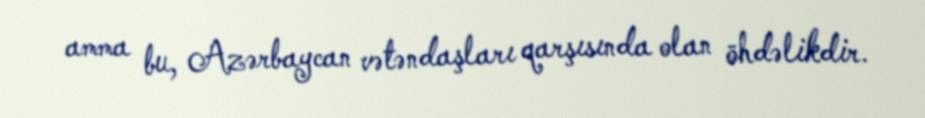
amma bu, Azərbaycan vətəndaşları qarşısında olan öhdəlikdir.